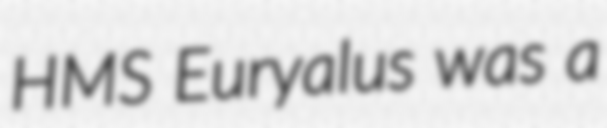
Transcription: HMS Euryalus was a